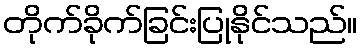
တိုက်ခိုက်ခြင်းပြုနိုင်သည်။